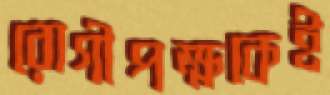
রোগীপক্ষকেই